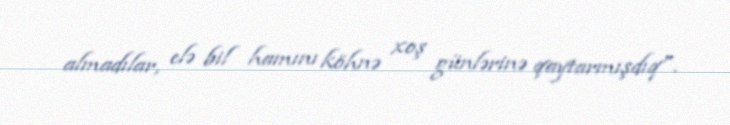
almadılar, elə bil hamını köhnə xoş günlərinə qaytarmışdıq".